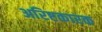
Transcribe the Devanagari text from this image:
अरिष्टकारक